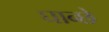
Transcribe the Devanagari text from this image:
घान्छे